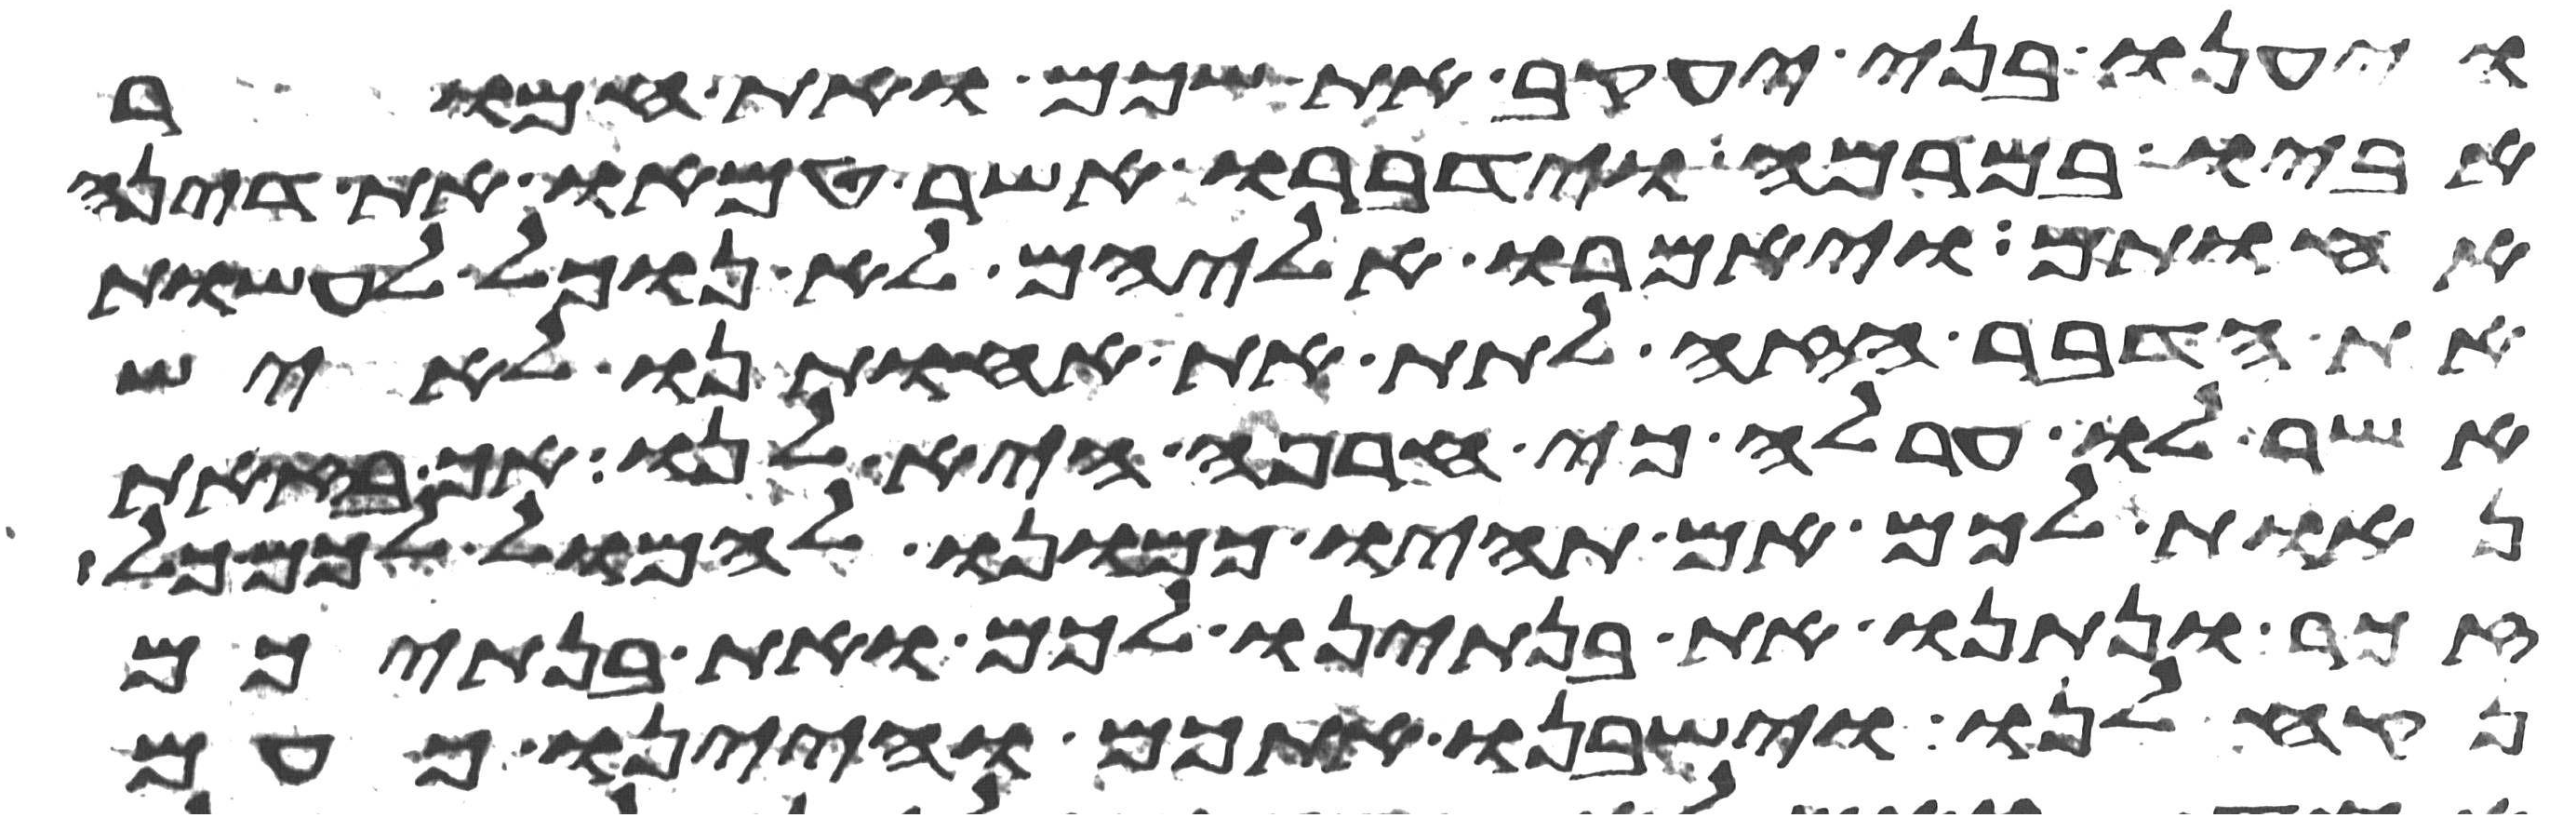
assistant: ויענו בני יעקב את שכם ואת חמור
אביו במרמה וידברו אשר טמאו את דינה
אחותם ויאמרו אליהם לא נוכל לעשות
את הדבר הזה לתת את אחותנו לאיש
אשר לו ערלה כי חרפה היא לנו אך בזאת
נאות לכם אם תהיו כמונו להמול לכם כל
זכר ונתנו את בנתינו לכם ואת בנתיכם
נקח לנו וישבנו אתכם והיינו כעם